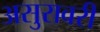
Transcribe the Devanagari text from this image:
असुरावरी